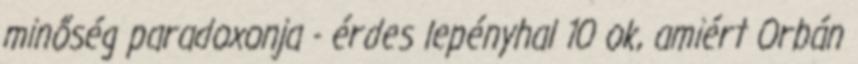
minőség paradoxonja - érdes lepényhal 10 ok, amiért Orbán